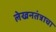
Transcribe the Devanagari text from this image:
लेखनतंत्राचा